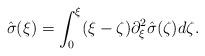
LaTeX: \begin{align*}\hat{\sigma}(\xi)=\int_0^\xi (\xi-\zeta)\partial_\xi ^2 \hat{\sigma}(\zeta)d\zeta.\end{align*}